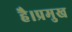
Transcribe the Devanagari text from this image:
है।प्रमुख